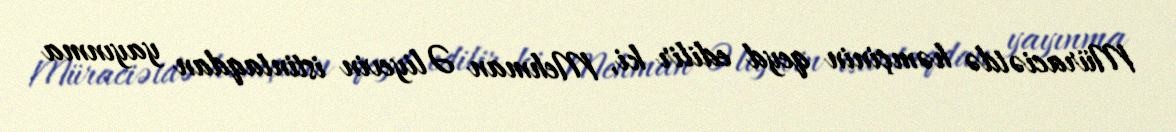
Müraciətdə həmçinin qeyd edilir ki, Mehman Əliyevin istintaqdan yayınma